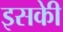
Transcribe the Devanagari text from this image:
इसकीे